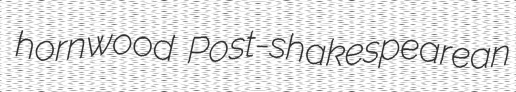
hornwood Post-shakespearean